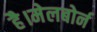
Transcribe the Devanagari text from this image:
है।मेलबोर्न